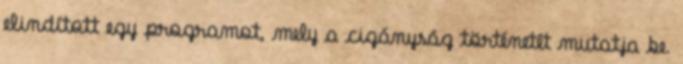
elindított egy programot, mely a cigányság történetét mutatja be.